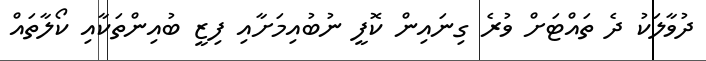
ދުވާލަކު ދެ ތައްޓަށް ވުރެ ގިނައިން ކޮފީ ނުބުއިމަށާއި ފިޒީ ބުއިންތަކާއި ކޯލާތައް